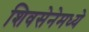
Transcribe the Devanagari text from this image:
शिवसेनेमध्ये